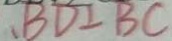
. B D \bot B C